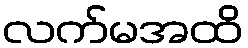
လက်မအထိ